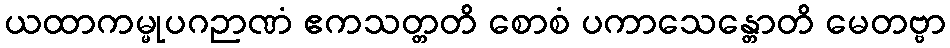
ယထာကမ္မုပဂဉာဏံ ဧကသတ္တတိ စောစံ ပကာသေန္တောတိ မေတဗ္ဗာ